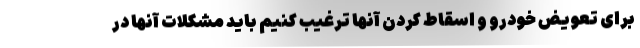
برای تعویض خودرو و اسقاط کردن آنها ترغیب کنیم باید مشکلات آنها در